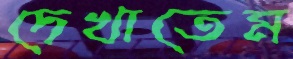
দেখাতেম